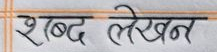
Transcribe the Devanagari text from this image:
शब्द लेखन